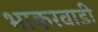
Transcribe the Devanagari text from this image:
भाकरवाडी